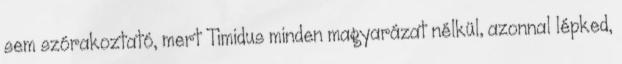
sem szórakoztató, mert Timidus minden magyarázat nélkül, azonnal lépked,